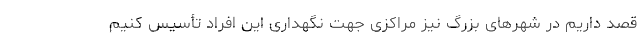
قصد داریم در شهرهای بزرگ نیز مراکزی جهت نگهداری این افراد تأسیس کنیم